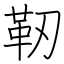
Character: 靭